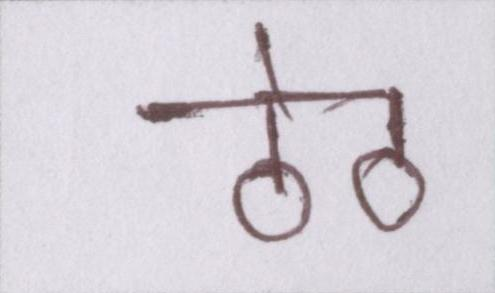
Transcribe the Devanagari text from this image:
ठेठ